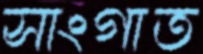
সাংগাত